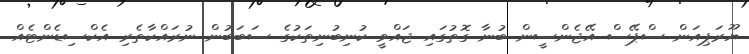
ޔޫރަޕިއަން ސްޕޭސް އޭޖެންސީން ބުނާ ގޮތުގައި ޖައްވީ ކުނިބުނިތަކުގެ ސަބަބުން ނުރައްކާތެރި އެކްސިޑެންޓެއް